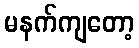
မနက်ကျတော့